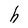
Character: h